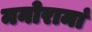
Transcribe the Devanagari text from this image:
मनोरामां